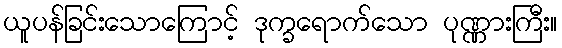
ယူပန်ခြင်းသောကြောင့် ဒုက္ခရောက်သော ပုဏ္ဏားကြီး။